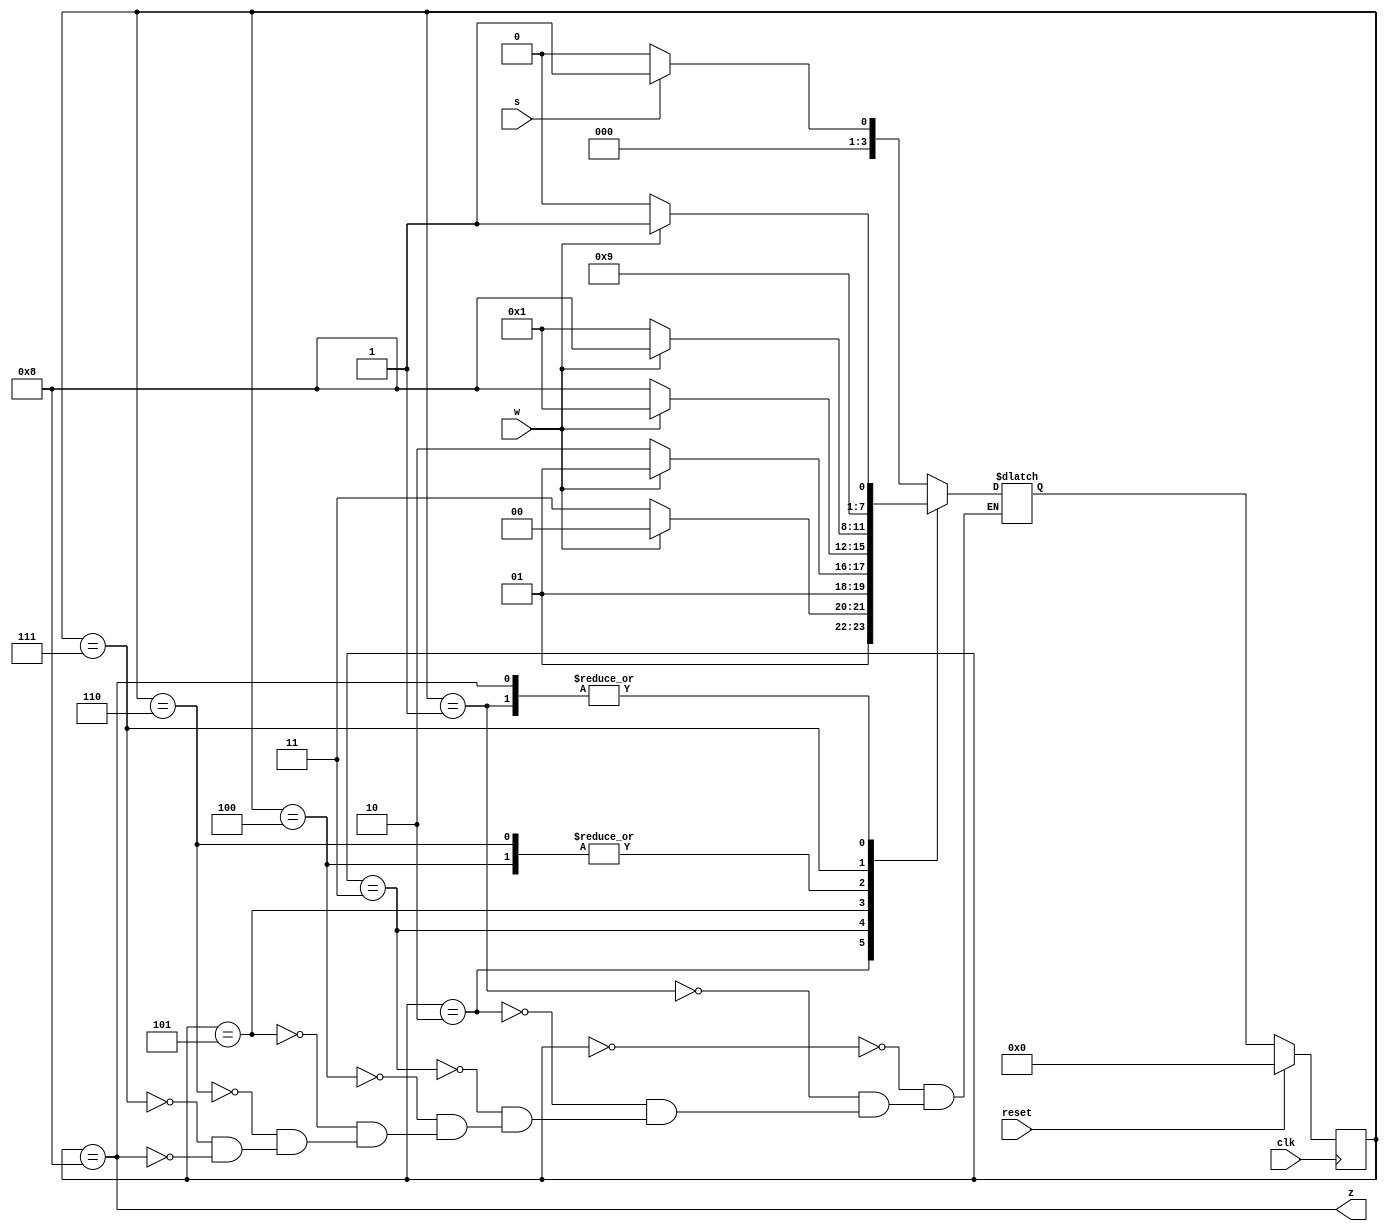
// This is not the most optimized solution
// Takes about 9 states

// Rather I would suggest to latch values of W for three cycles and commpare with 101, 110 , 011

// state diagram followed

/*
							A
                            |
                            B
                         /     \
                        P       Q
                      /   \    /  \
                   WAIT   R   T    S
                   /       \  /     \
                   B       DONE     B
                           /  \
                           P  Q
*/

module top_module (
    input clk,
    input reset,   // Synchronous reset
    input s,
    input w,
    output z
);
    parameter [3:0] A = 4'b0000,
    				B = 4'b0001,
    				P = 4'b0010,
    				Q = 4'b0011,
    				R = 4'b0100,
    				S = 4'b0101,
    				T = 4'b0110,
    				WAIT = 4'b0111,
    				DONE = 4'b1000;
    
    reg [3:0] state, next_state;
    
    always @ (*)
        begin
            case(state)
                A: next_state <= (s) ? B : A;
                B: next_state <= (w) ? Q : P;
                P: next_state <= (w) ? R : WAIT;
                Q: next_state <= (w) ? S : T;
                R: next_state <= (w) ? DONE : B;
                S: next_state <= (w) ? B : DONE;
                T: next_state <= (w) ? DONE : B;
                WAIT: next_state <= B;
                DONE: next_state <= (w) ? Q : P;  
            endcase
        end
    
    always @ (posedge clk)
        begin
            if (reset)
                state <= A;
            else
                state <= next_state;    
        end
    
    assign z = (state == DONE);

endmodule